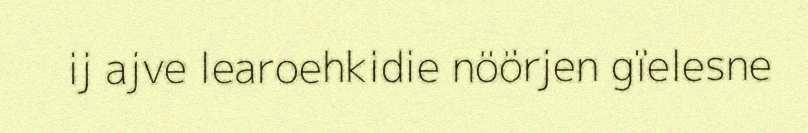
ij ajve learoehkidie nöörjen gïelesne